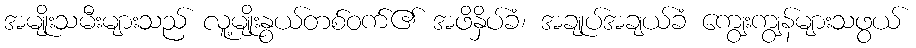
အမျိုးသမီးများသည် လူ့မျိုးနွယ်တစ်ဝက်၏ အဖိနှိပ်ခံ၊ အချုပ်အချယ်ခံ ကျွေးကျွန်များသဖွယ်